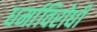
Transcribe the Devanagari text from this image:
धर्माविरोधी